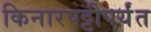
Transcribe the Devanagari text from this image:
किनारपट्टीपर्यंत